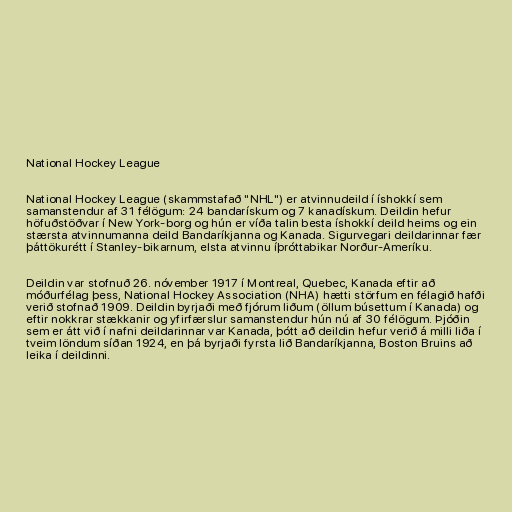
National Hockey League

National Hockey League (skammstafað "NHL") er atvinnudeild í íshokkí sem
samanstendur af 31 félögum: 24 bandarískum og 7 kanadískum. Deildin hefur
höfuðstöðvar í New York-borg og hún er víða talin besta íshokkí deild heims og ein
stærsta atvinnumanna deild Bandaríkjanna og Kanada. Sigurvegari deildarinnar fær
þáttökurétt í Stanley-bikarnum, elsta atvinnu íþróttabikar Norður-Ameríku.

Deildin var stofnuð 26. nóvember 1917 í Montreal, Quebec, Kanada eftir að
móðurfélag þess, National Hockey Association (NHA) hætti störfum en félagið hafði
verið stofnað 1909. Deildin byrjaði með fjórum liðum (öllum búsettum í Kanada) og
eftir nokkrar stækkanir og yfirfærslur samanstendur hún nú af 30 félögum. Þjóðin
sem er átt við í nafni deildarinnar var Kanada, þótt að deildin hefur verið á milli liða í
tveim löndum síðan 1924, en þá byrjaði fyrsta lið Bandaríkjanna, Boston Bruins að
leika í deildinni.